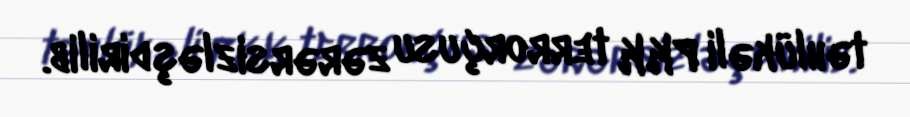
təhlükəli PKK terrorçusu zərərsizləşdirilib.